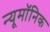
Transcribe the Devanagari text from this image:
न्यूमॉनिक